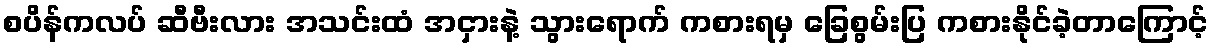
စပိန်ကလပ် ဆီဗီးလား အသင်းထံ အငှားနဲ့ သွားရောက် ကစားရမှ ခြေစွမ်းပြ ကစားနိုင်ခဲ့တာကြောင့်